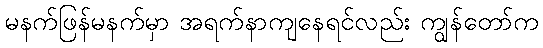
မနက်ဖြန်မနက်မှာ အရက်နာကျနေရင်လည်း ကျွန်တော်က